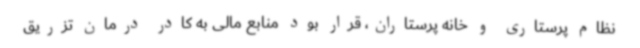
نظام پرستاری و خانه پرستاران، قرار بود منابع مالی به کادر درمان تزریق